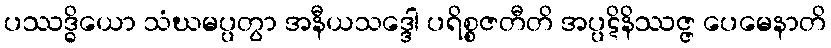
ပဿဒ္ဓိယော သံဃမပ္ပတွာ အနီယသဒ္ဒေါ ပရိစ္စဇတီတိ အပ္ပဋိနိဿဇ္ဇ ပေမေနာတိ